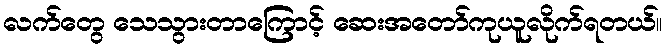
လက်တွေ သေသွားတာကြောင့် ဆေးအတော်ကုယူလိုက်ရတယ်။